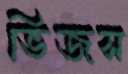
ভিজস